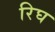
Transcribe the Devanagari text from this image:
रिघ